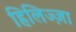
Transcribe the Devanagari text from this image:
हिलिज्ज़ा